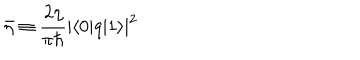
LaTeX: \bar { \eta } \equiv \frac { 2 \eta } { \pi \hbar } | \langle 0 | q | 1 \rangle | ^ { 2 }